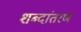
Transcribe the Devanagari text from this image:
शब्दांतरण